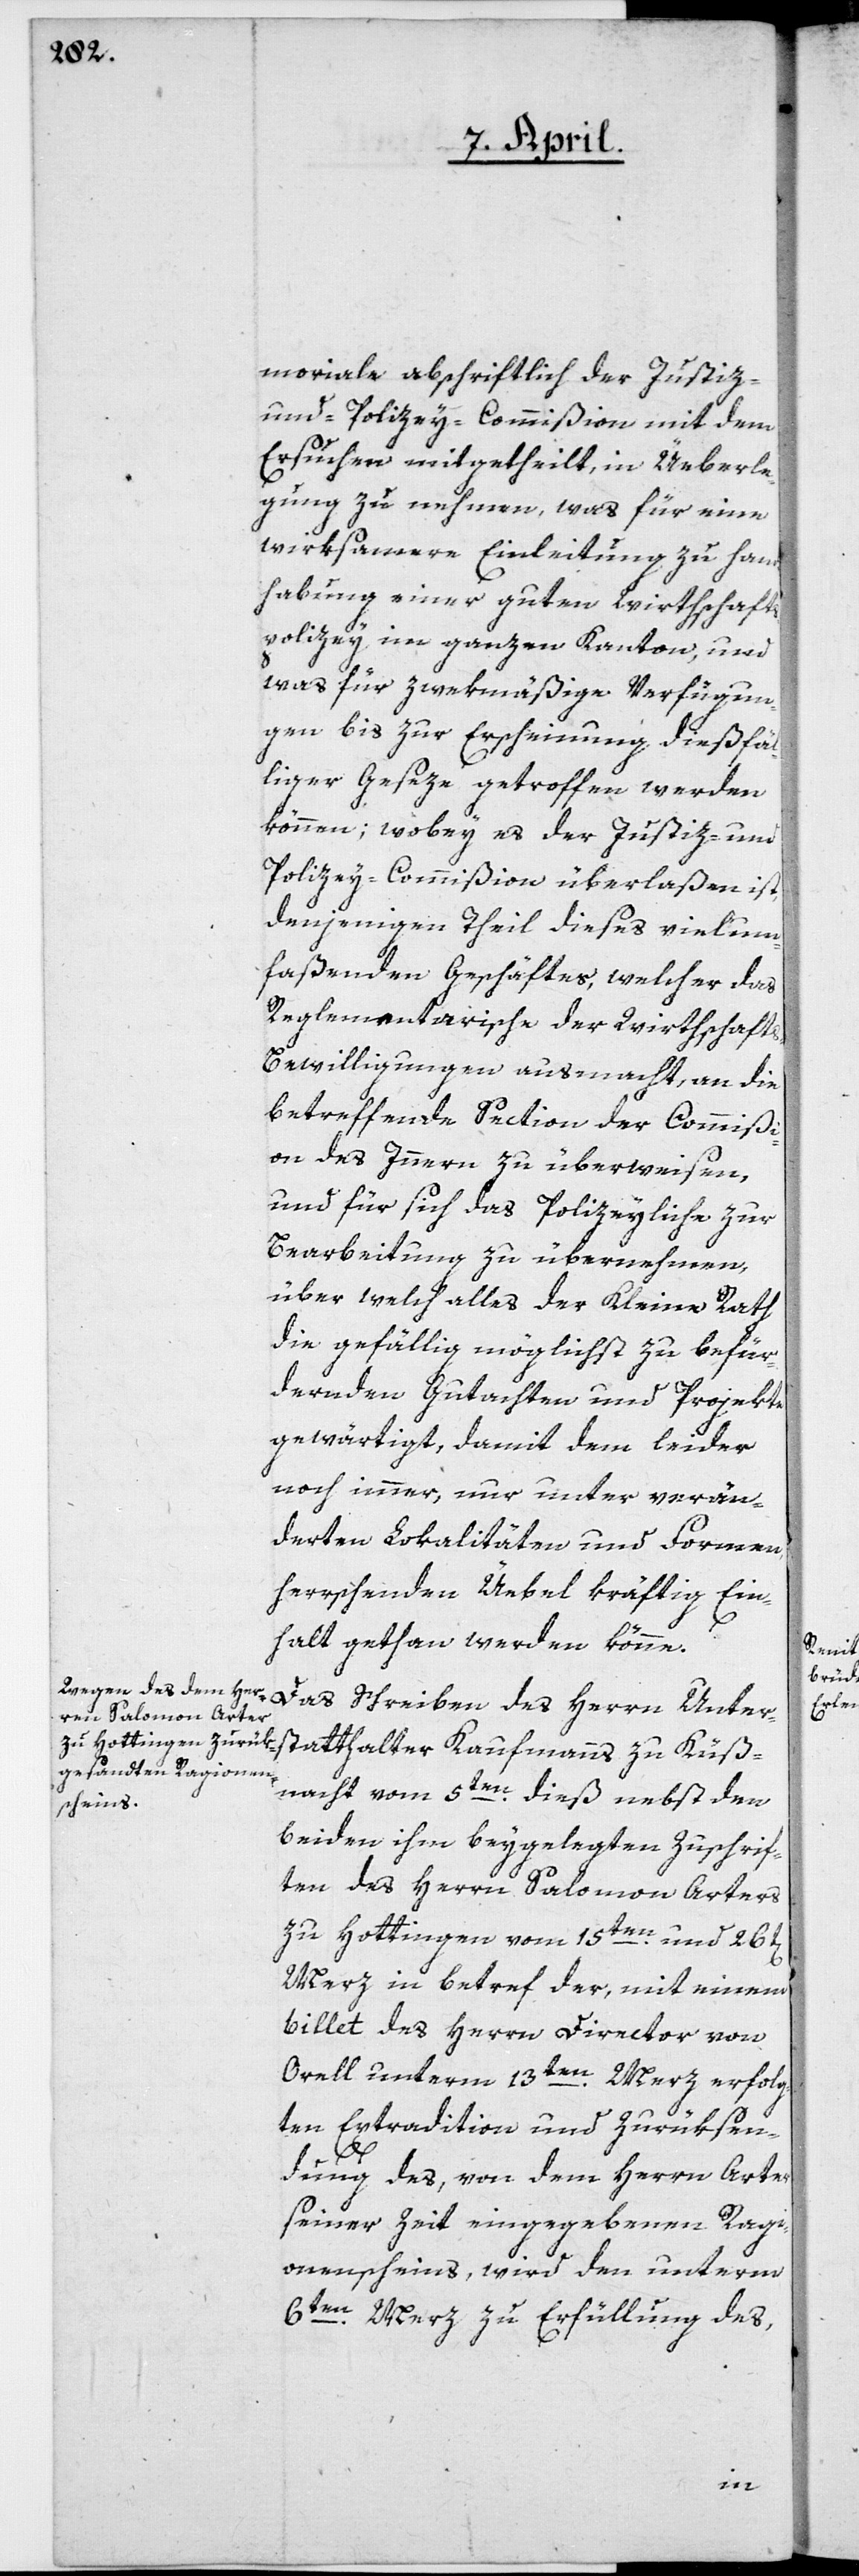
moriale abschriftlich der Justiz-
und Polizey-Commißion mit dem
Ersuchen mitgetheilt, in Üeberle¬
gung zu nehmen, was für eine
wirksamere Einleitung zu Hand¬
habung einer guten Wirthschafts¬
polizey im ganzen Kanton, und
was für zwekmäßige Verfügun¬
gen bis zur Erscheinung dießfäl¬
liger Geseze getroffen werden
können; wobey es der Justiz- und
Polizey-Commißion überlaßen ist,
denjenigen Theil dieses vielum¬
faßenden Geschäfts, welcher das
Reglementarische der Wirthschaft¬
s-Bewilligungen ausmacht, an die
betreffende Section der Commißi¬
on des Innern zu überweisen,
und für sich das Polizeyliche zur
Bearbeitung zu übernehmen,
über welch alles der Kleine Rath
die gefällig möglichst zu befür¬
dernden Gutachten und Projekte
gewärtigt, damit dem leider
noch immer, nur unter verän¬
derten Lokalitäten und Formen,
herrschenden Üebel kräftig Ein¬
halt gethan werden könne.
statthalter Kaufmanns zu Küß¬
nacht vom 5ten dieß nebst den
beiden ihm beygelegten Zuschrif¬
ten des Herrn Salomon Arters
zu Hottingen, vom 15ten und 26t[en]
Merz in betref der, mit einem
Billet des Herrn Director von
Orell unterm 13ten Merz erfolg¬
ten Extradition und Zurüksen¬
dung des, von dem Herrn Arter
seiner Zeit eingegebenen Ragi¬
onenscheins, wird den unterm
6ten Merz zu Erfüllung des,
Unter¬